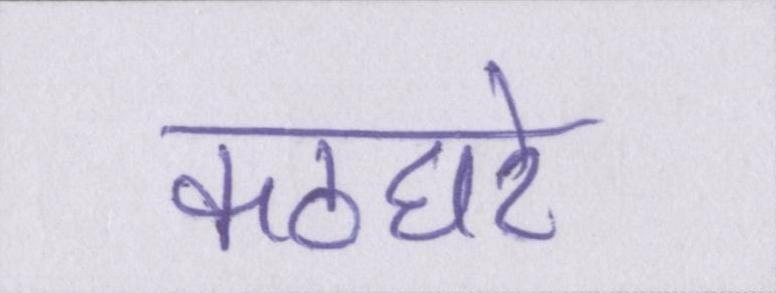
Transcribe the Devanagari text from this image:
कठघरे